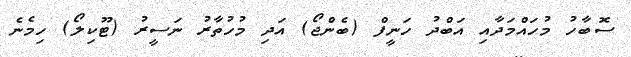
ސޮބާހު މުހައްމަދާއި އަބްދު ހަނީފް (ބެންޖޯ) އަދި މުހުތާރު ނަސީރު (ޓޫކިލޯ) ހިމެނެ